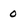
Character: 0